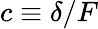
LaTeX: c\equiv\delta/F